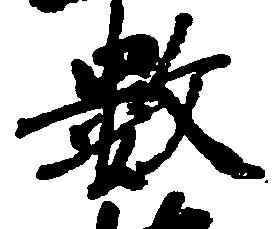
数